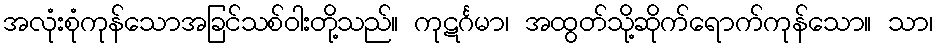
အလုံးစုံကုန်သောအခြင်သစ်ဝါးတို့သည်။ ကုဋင်္ဂမာ၊ အထွတ်သို့ဆိုက်ရောက်ကုန်သော။ သာ၊